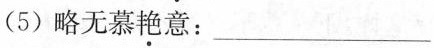
(5) 略无慕艳意:___